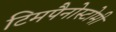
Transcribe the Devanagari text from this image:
टिमपैनोस्टोमी